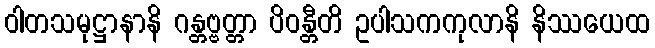
ဝါတသမုဋ္ဌာနာနိ ဂန္တဗ္ဗတ္တာ ပိဝန္တီတိ ဥပါသကကုလာနိ နိဿယေထ